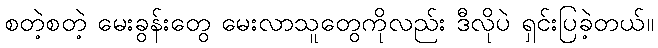
စတဲ့စတဲ့ မေးခွန်းတွေ မေးလာသူတွေကိုလည်း ဒီလိုပဲ ရှင်းပြခဲ့တယ်။